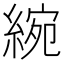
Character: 綩